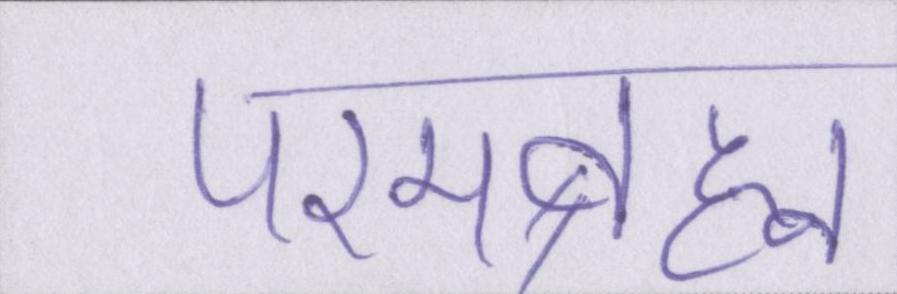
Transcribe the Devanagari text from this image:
परमब्रह्म